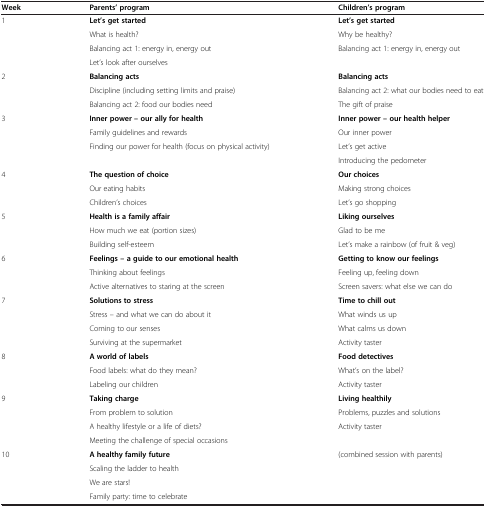
<table><thead><tr><td><b>Week</b></td><td><b>Parents’ program</b></td><td><b>Children’s program</b></td></tr></thead><tbody><tr><td rowspan="4">1</td><td><b>Let’s get started</b></td><td><b>Let’s get started</b></td></tr><tr><td>What is health?</td><td>Why be healthy?</td></tr><tr><td>Balancing act 1: energy in, energy out</td><td rowspan="2">Balancing act 1: energy in, energy out</td></tr><tr><td>Let’s look after ourselves</td></tr><tr><td rowspan="3">2</td><td><b>Balancing acts</b></td><td><b>Balancing acts</b></td></tr><tr><td>Discipline (including setting limits and praise)</td><td>Balancing act 2: what our bodies need to eat</td></tr><tr><td>Balancing act 2: food our bodies need</td><td>The gift of praise</td></tr><tr><td rowspan="4">3</td><td><b>Inner power – our ally for health</b></td><td><b>Inner power – our health helper</b></td></tr><tr><td>Family guidelines and rewards</td><td>Our inner power</td></tr><tr><td>Finding our power for health (focus on physical activity)</td><td>Let’s get active</td></tr><tr><td> </td><td>Introducing the pedometer</td></tr><tr><td rowspan="3">4</td><td><b>The question of choice</b></td><td><b>Our choices</b></td></tr><tr><td>Our eating habits</td><td>Making strong choices</td></tr><tr><td>Children’s choices</td><td>Let’s go shopping</td></tr><tr><td rowspan="3">5</td><td><b>Health is a family affair</b></td><td><b>Liking ourselves</b></td></tr><tr><td>How much we eat (portion sizes)</td><td>Glad to be me</td></tr><tr><td>Building self-esteem</td><td>Let’s make a rainbow (of fruit &amp; veg)</td></tr><tr><td rowspan="3">6</td><td><b>Feelings – a guide to our emotional health</b></td><td><b>Getting to know our feelings</b></td></tr><tr><td>Thinking about feelings</td><td>Feeling up, feeling down</td></tr><tr><td>Active alternatives to staring at the screen</td><td>Screen savers: what else we can do</td></tr><tr><td rowspan="4">7</td><td><b>Solutions to stress</b></td><td><b>Time to chill out</b></td></tr><tr><td>Stress – and what we can do about it</td><td>What winds us up</td></tr><tr><td>Coming to our senses</td><td>What calms us down</td></tr><tr><td>Surviving at the supermarket</td><td>Activity taster</td></tr><tr><td rowspan="3">8</td><td><b>A world of labels</b></td><td><b>Food detectives</b></td></tr><tr><td>Food labels: what do they mean?</td><td>What’s on the label?</td></tr><tr><td>Labeling our children</td><td>Activity taster</td></tr><tr><td rowspan="4">9</td><td><b>Taking charge</b></td><td><b>Living healthily</b></td></tr><tr><td>From problem to solution</td><td>Problems, puzzles and solutions</td></tr><tr><td>A healthy lifestyle or a life of diets?</td><td>Activity taster</td></tr><tr><td>Meeting the challenge of special occasions</td><td> </td></tr><tr><td rowspan="3">10</td><td><b>A healthy family future</b></td><td>(combined session with parents)</td></tr><tr><td>Scaling the ladder to health</td><td> </td></tr><tr><td>We are stars!</td><td> </td></tr><tr><td> </td><td>Family party: time to celebrate</td><td> </td></tr></tbody></table>